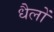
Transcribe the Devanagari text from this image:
धैलों